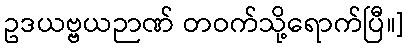
ဥဒယဗ္ဗယဉာဏ် တဝက်သို့ရောက်ပြီ။]